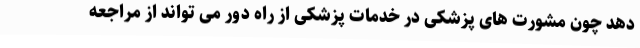
دهد چون مشورت های پزشکی در خدمات پزشکی از راه دور می تواند از مراجعه